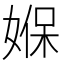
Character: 媬